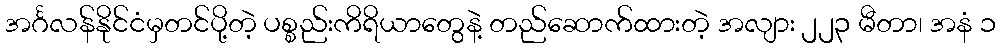
အင်္ဂလန်နိုင်ငံမှတင်ပို့တဲ့ ပစ္စည်းကိရိယာတွေနဲ့ တည်ဆောက်ထားတဲ့ အလျား ၂၂၃ မီတာ၊ အနံ ၁